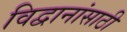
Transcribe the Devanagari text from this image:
विद्वानांसाठी